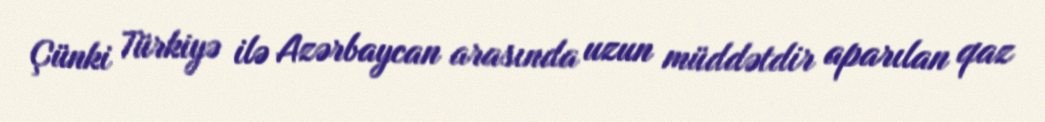
Çünki Türkiyə ilə Azərbaycan arasında uzun müddətdir aparılan qaz